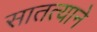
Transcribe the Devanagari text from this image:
सातत्‍याने